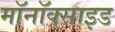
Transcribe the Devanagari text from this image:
मॉनॉक्साइड